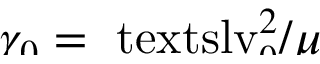
\smash { \gamma _ { 0 } = \ensuremath { \mathrm { \ t e x t s l { v } } _ { 0 } } ^ { 2 } / \mu }